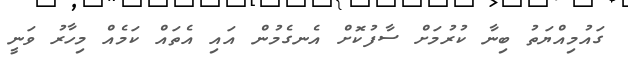
ގައުމިއްޔަތު ބިނާ ކުރުމަށް ސާފުކޮށް އެނގެމުން އައި އެތައް ކަމެއް މިހާރު ވަނީ